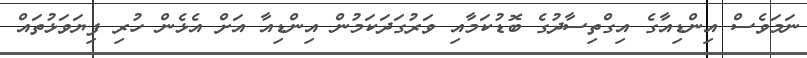
ނަމަވެސް އިންޑިއާގެ އިގްތިސާދުގެ ބޮޑުކަމާއި ވަރުގަދަކަމުން އިންޑިއާ އަށް އެޅެން ހުރި ފިޔަވަޅުތައް